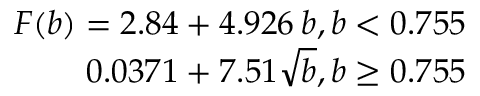
\begin{array} { r } { F ( b ) = 2 . 8 4 + 4 . 9 2 6 \: b , b < 0 . 7 5 5 } \\ { 0 . 0 3 7 1 + 7 . 5 1 \sqrt { b } , b \ge 0 . 7 5 5 } \end{array}